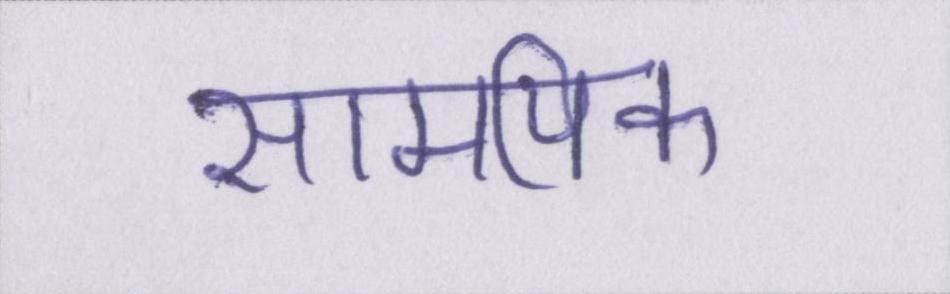
सामयिक